Rakvere_kinnistusamet, lk 12
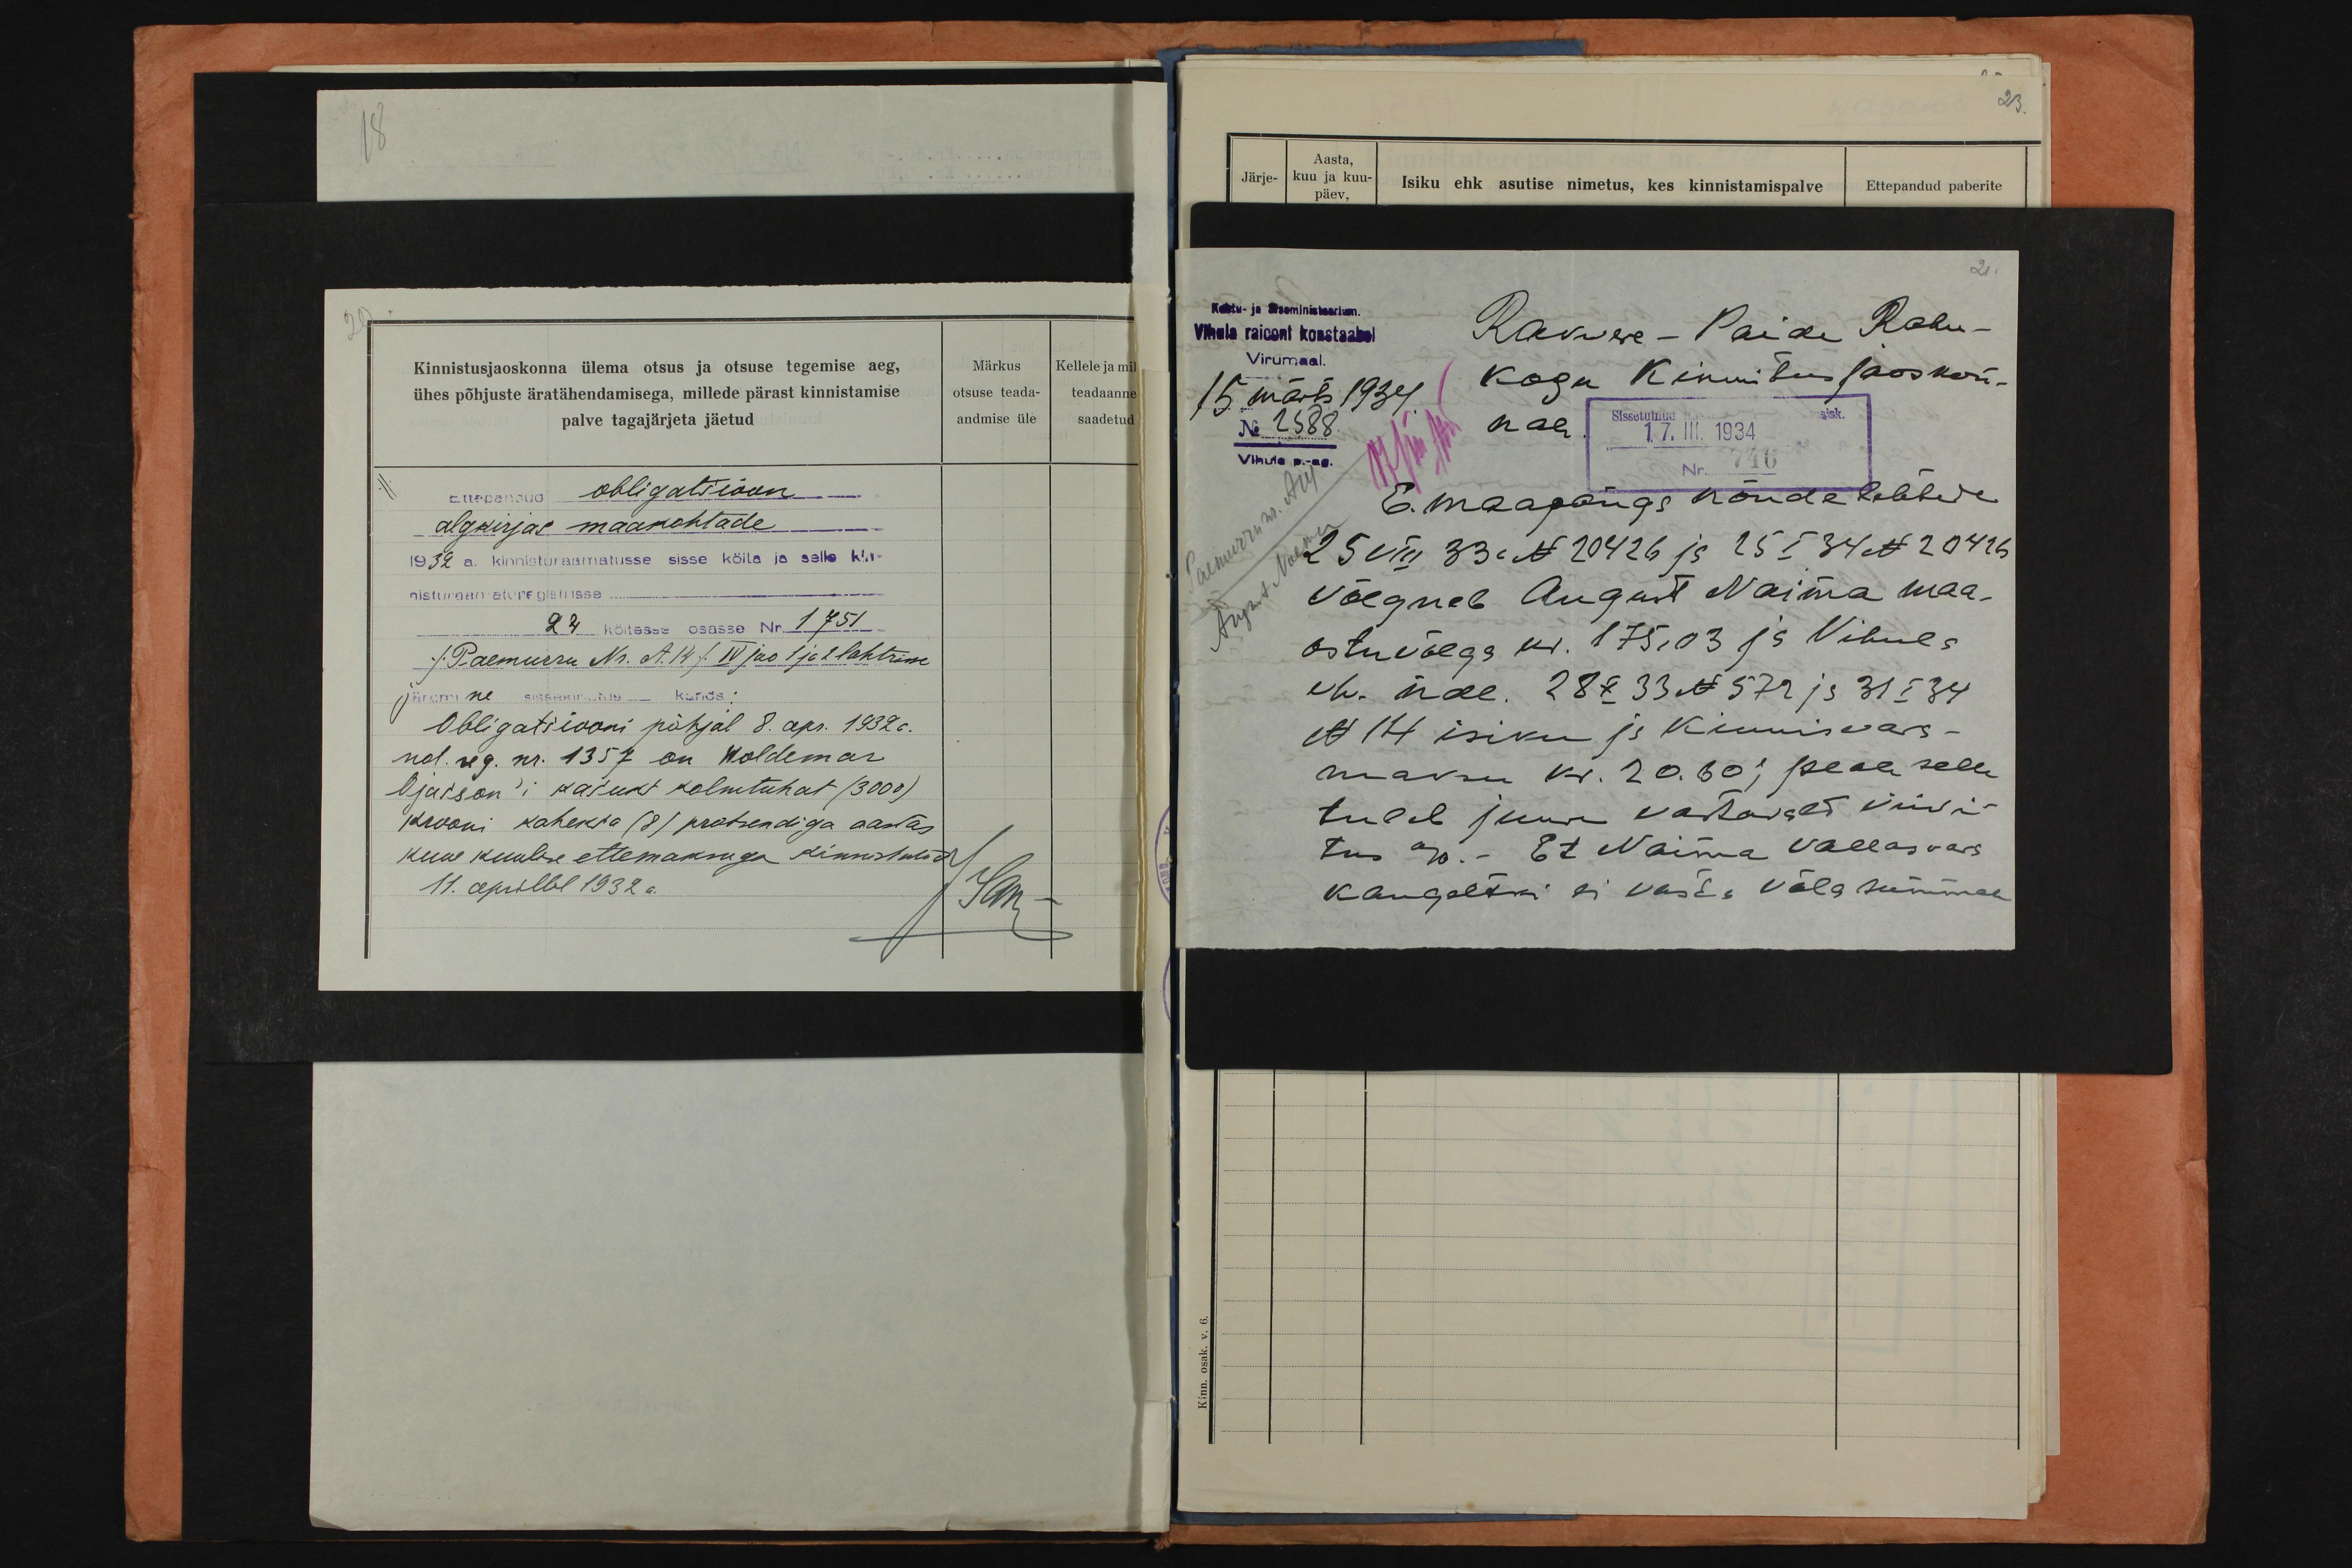
Kinnistusjaoskonna ülema otsus ja otsuse tegemise aeg,
ühes põhjuste äratähendamisega, millede pärast kinnistamise
palve tagajärjeta jäetud
Ettepandud obligatsioon
algkirjas maakohtade
1932 a. kinnisturaamatusse sisse köita ja selle kin-
nisturaamaturegistrisse
24 köitesse osasse Nr. 1751
/ Paemurru Nr. A. 14 / IV jao 1 ja 2 lahtrise
järgmine sissekirjutus - kanda:
Obligatsiooni põhjal 8. apr. 1932 a.
not. reg. nr. 1357 on Woldemar
Ojasson'i kasuks kolmituhat (3000)
krooni kaheksa (8) protsendiga aastas
kuue kuulise ettemaksuga kinnistatud
11. aprillil 1932 a.

Märkus
otsuse teada-
andmise üle

Kellele ja mil
teadaanne
saadetud

Kohtu- ja siseministeerium.
Vihula raiooni konstaabel
Virumaal.
15 märts 1934.
No 2588
Vihula p.-ag.

Rakwere-Paide Rahu-
kogu Kinnitus jaoskon-
nale.
E. maapangs nõudelehtede
25 VIII 33 N 20426 ja 25 I 34 N 20416
Võlgneb August Naima maa-
ostuvõlga kr. 175,03 ja Vihula
eh. ndl. 28x 33 N 572 ja 31 I 34
N 14 isiku ja kinnisvara-
maksu kr. 20.60; peale selle
tuleb juure vastavalt viivi-
tus %. - Et Naima vallasvara
kaugeltki ei vasta võla summale